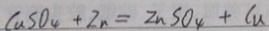
C a S O _ { 4 } + Z n = Z n S O _ { 4 } + C u